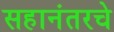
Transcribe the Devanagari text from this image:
सहानंतरचे